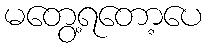
မတွေ့ရတော့ပေ